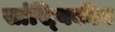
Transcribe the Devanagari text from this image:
सांख्‍यिकीय